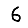
Digit: 6